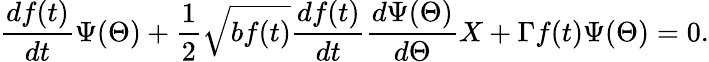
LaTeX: \frac{df(t)}{dt}\Psi(\Theta)+\frac{1}{2}\sqrt{bf(t)}\frac{df(t)}{dt}\frac{d\Psi(\Theta)}{d\Theta}X+\Gamma f(t)\Psi(\Theta)=0.